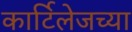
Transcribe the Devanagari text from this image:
कार्टिलेजच्या